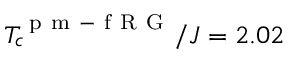
T _ { c } ^ { \mathrm { ~ p ~ m ~ - ~ f ~ R ~ G ~ } } / J = 2 . 0 2